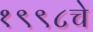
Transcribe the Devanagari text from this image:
१९९८चे